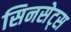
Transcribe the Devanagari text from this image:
सिनसेट्स